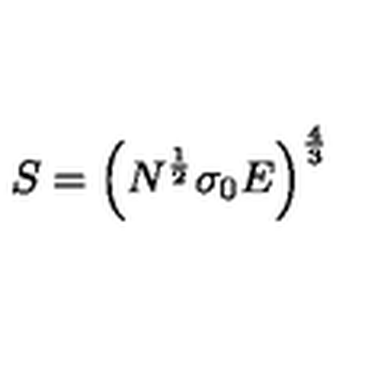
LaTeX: S = \left( N ^ { \frac { 1 } { 2 } } \sigma _ { 0 } E \right) ^ { \frac { 4 } { 3 } }